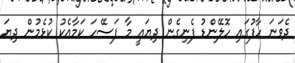
ދެވަނަ ހާފުގައި ހޮލޭންޑު ފެނިގެން ދިޔައީ މާ ފަސޭހަ ކަމާއެކު ކުޅެމުން ދިޔަ